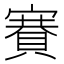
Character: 𧶼